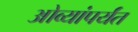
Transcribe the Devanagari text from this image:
ओव्यांपर्यंत